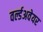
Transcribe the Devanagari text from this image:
वर्ल्डअवेयर